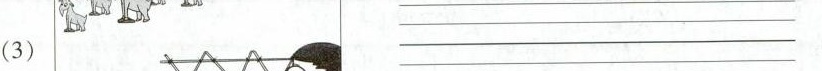
(3) ___